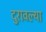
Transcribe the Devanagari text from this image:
दुरावल्या